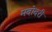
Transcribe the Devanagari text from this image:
मदोदरी